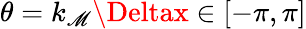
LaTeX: \theta=k_{\mathscr{M}}\Deltax\in[-\pi,\pi]